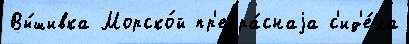
Вы́шивка Морско́й пр'екра́снаjа с'ид'е́ла